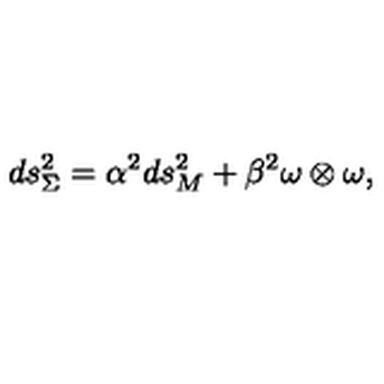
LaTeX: d s _ { \Sigma } ^ { 2 } = \alpha ^ { 2 } { d s _ { M } ^ { 2 } } + \beta ^ { 2 } \omega \otimes \omega ,